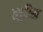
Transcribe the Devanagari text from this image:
त्सुरिख